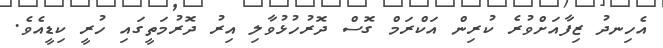
އެހިނދު ޒިފާއަށްވުރެ ކުރިން އަކްރަމް ގޮސް ދޮރުހުޅުވާލި އިރު ދޮރުމަތީގައި ހުރީ ކިޑީއެވެ.